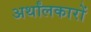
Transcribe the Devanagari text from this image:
अर्थांलकारों